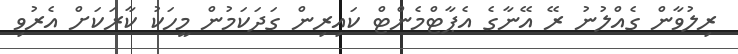
ރިލުވާން ގެއްލުނު ރޭ އޭނާގެ އެޕާޓްމެންޓް ކައިރިން ގަދަކަމުން މީހަކު ކާރަކަށް އެރުވި